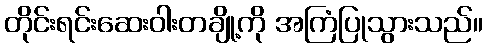
တိုင်းရင်းဆေးဝါးတချို့ကို အကြံပြုသွားသည်။